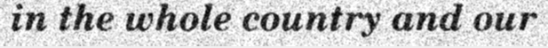
in the whole country and our